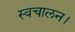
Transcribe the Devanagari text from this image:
स्वचालन।